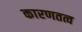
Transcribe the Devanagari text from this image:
कारणतत्व